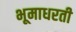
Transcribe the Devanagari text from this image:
भूमाधरती